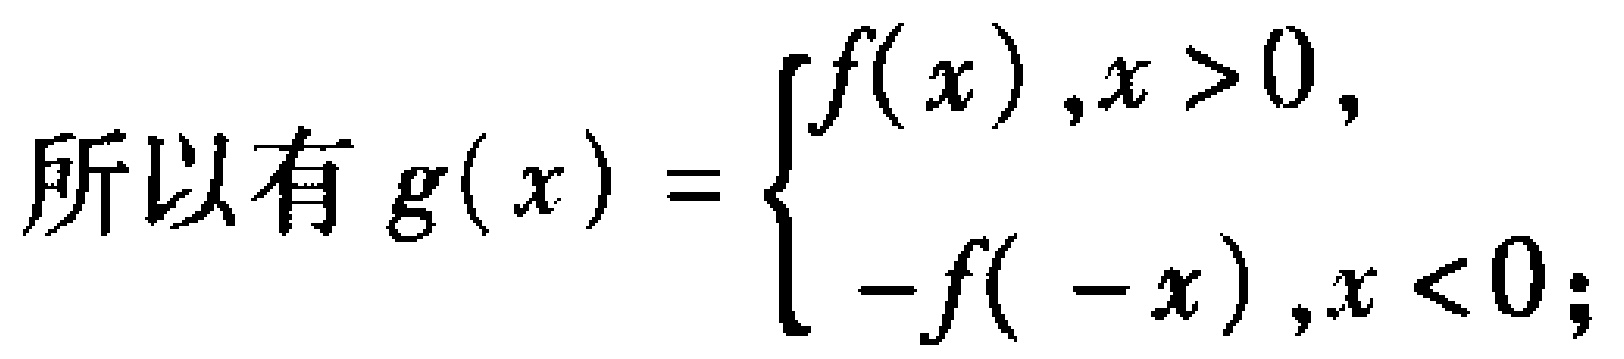
所以有 \(g(x)=\begin{cases}f(x),&x > 0,\\-f(-x),&x < 0;\end{cases}\)